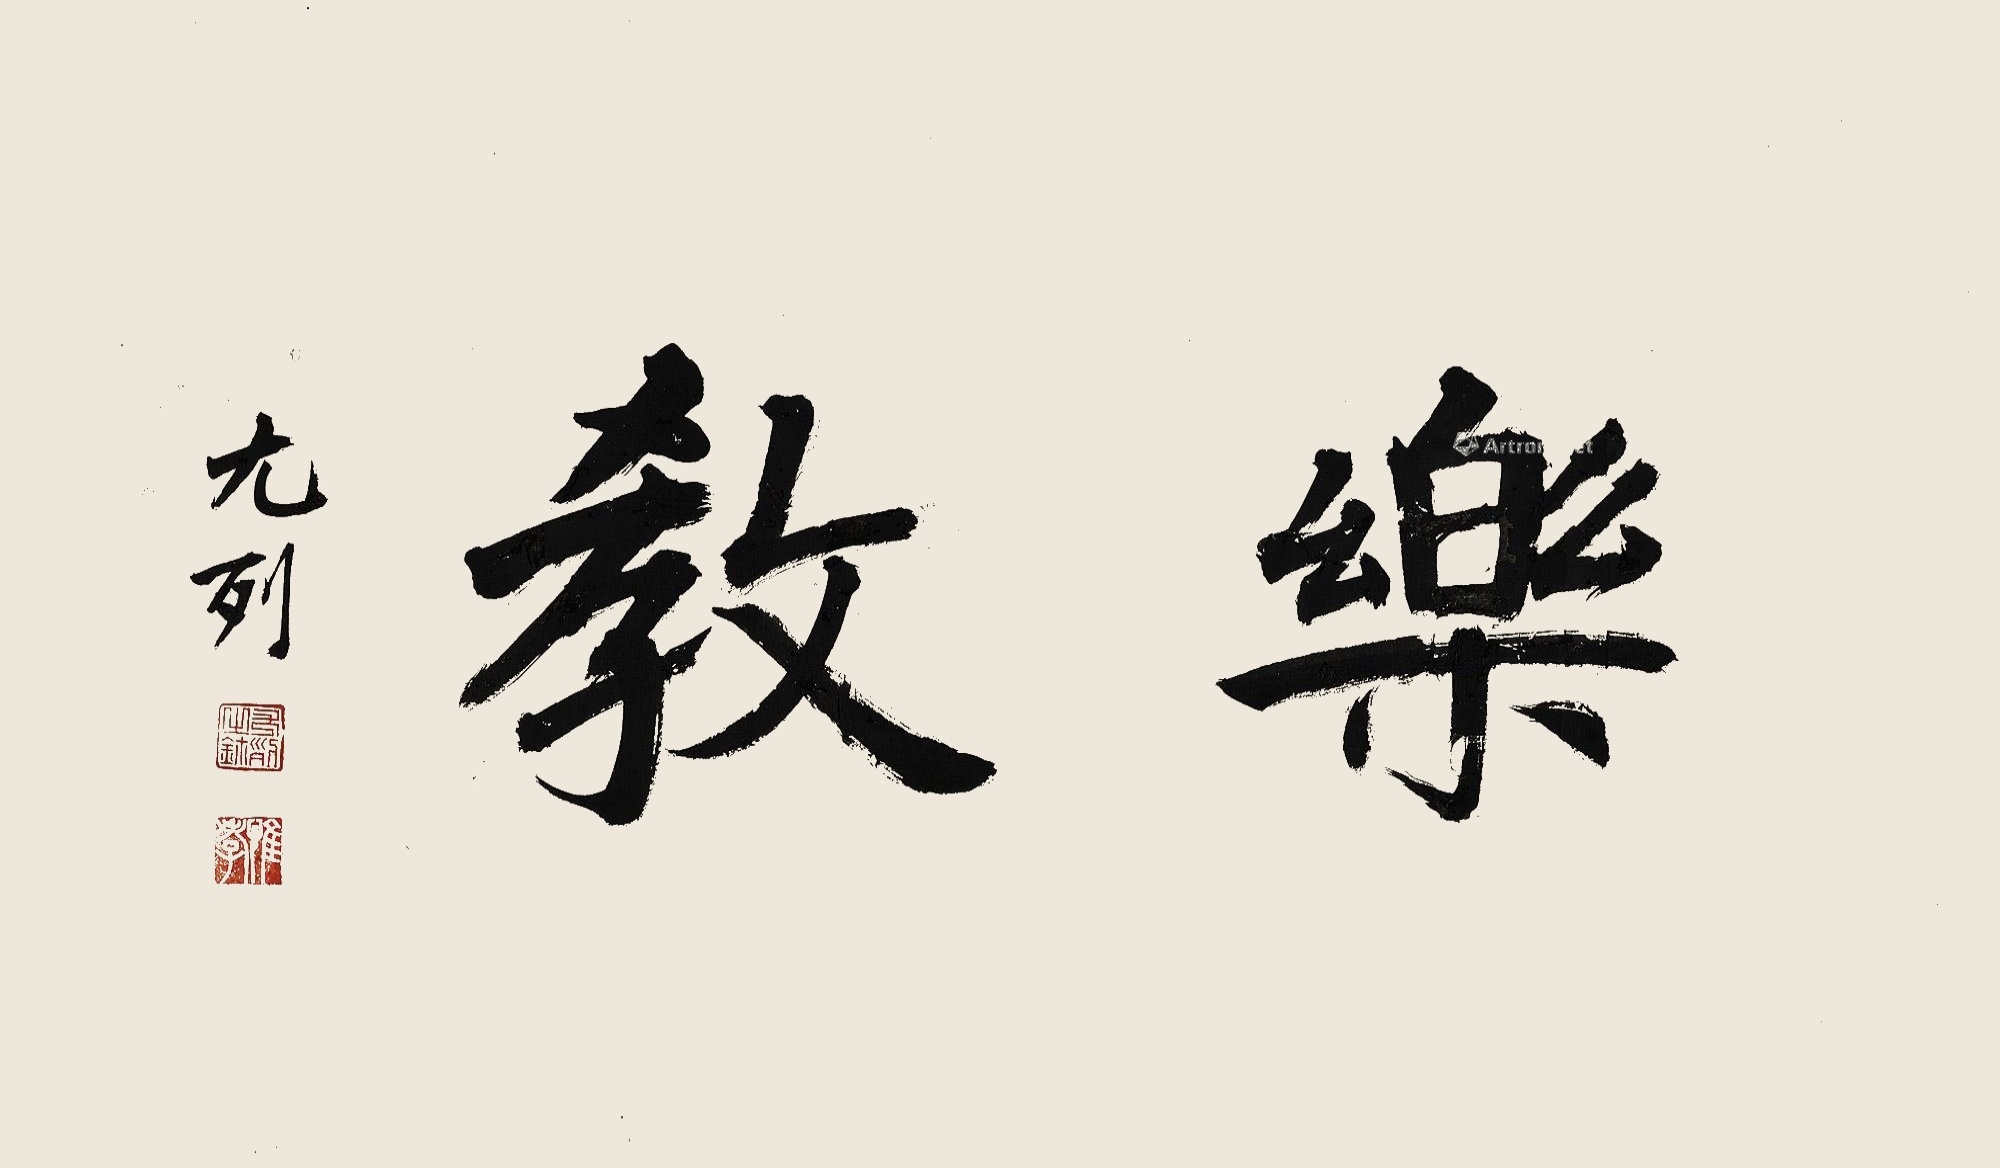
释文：乐教。尤列。